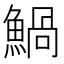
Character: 𩹢